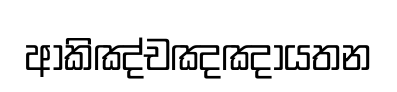
ආකිඤ්චඤඤායතන